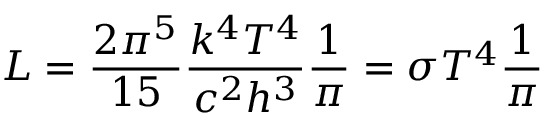
L = { \frac { 2 \pi ^ { 5 } } { 1 5 } } { \frac { k ^ { 4 } T ^ { 4 } } { c ^ { 2 } h ^ { 3 } } } { \frac { 1 } { \pi } } = \sigma T ^ { 4 } { \frac { 1 } { \pi } }